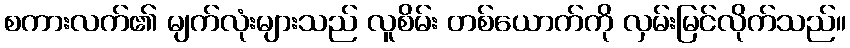
စကားလက်၏ မျက်လုံးများသည် လူစိမ်း တစ်ယောက်ကို လှမ်းမြင်လိုက်သည်။